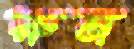
রুম